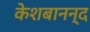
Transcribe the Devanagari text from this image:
केशबानन्द